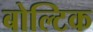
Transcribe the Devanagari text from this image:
बोल्टिक